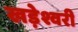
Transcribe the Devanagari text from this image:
खड़ेश्वरी